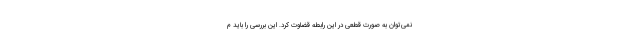
نمی‌توان به صورت قطعی در این رابطه قضاوت کرد. این بررسی را باید م